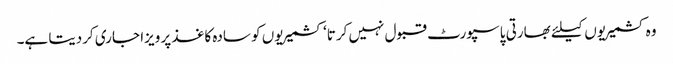
وہ کشمیریوں کیلئے بھارتی پاسپورٹ قبول نہیں کرتا‘ کشمیریوں کو سادہ کاغذ پر ویزا جاری کردیتا ہے۔